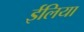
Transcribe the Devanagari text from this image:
ईलिया